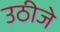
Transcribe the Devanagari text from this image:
उठीजे